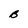
Character: B